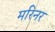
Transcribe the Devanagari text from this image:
मरिनर